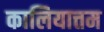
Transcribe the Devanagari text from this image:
कालियात्तम